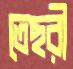
তেছরী